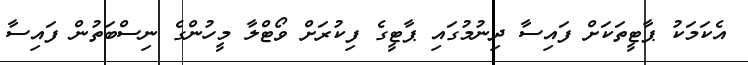
އެކަމަކު ޕާޓީތަކަށް ފައިސާ ދިނުމުގައި ޕާޓީގެ ފިކުރަށް ވޯޓްލާ މީހުންގެ ނިސްބަތުން ފައިސާ